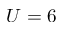
U = 6